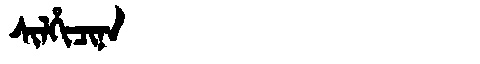
Manchu: ᠰᡳᠯᡥᡳᠴᡳᠨᠠ
Romanization: SILHICINA